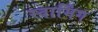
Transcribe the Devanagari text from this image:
स्वार्मिंग